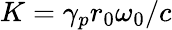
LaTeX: K=\gamma_{p}r_{0}\omega_{0}/c